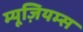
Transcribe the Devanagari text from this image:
म्यूज़ियम्स